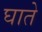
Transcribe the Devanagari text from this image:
घाते